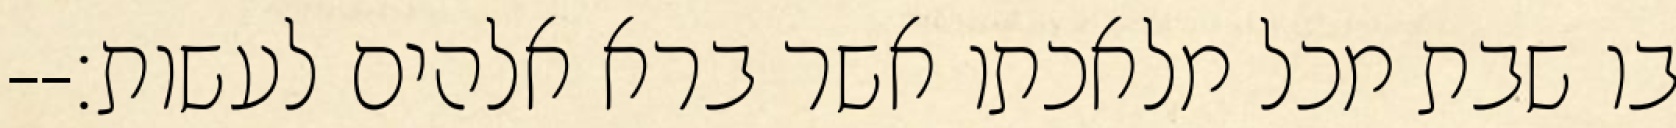
בו שבת מכל מלאכתו אשר ברא אלהים לעשות׃--